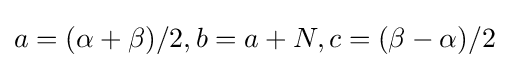
a=(\alpha +\beta )/2,b=a+N,c=(\beta -\alpha )/2